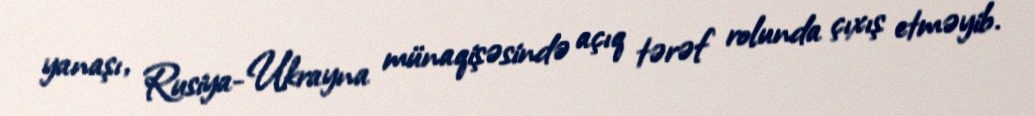
yanaşı, Rusiya-Ukrayna münaqişəsində açıq tərəf rolunda çıxış etməyib.